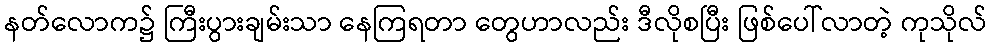
နတ်လောက၌ ကြီးပွားချမ်းသာ နေကြရတာ တွေဟာလည်း ဒီလိုစပြီး ဖြစ်ပေါ်လာတဲ့ ကုသိုလ်